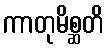
ကာတုမိစ္ဆတိ